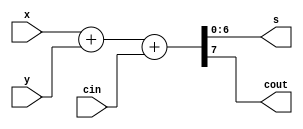
`timescale 1ns / 1ps
//////////////////////////////////////////////////////////////////////////////////
// Company: 
// Engineer: 
// 
// Design Name: 
// Module Name:    FA 
// Project Name: 
// Target Devices: 
// Tool versions: 
// Description: 
//
// Dependencies: 
//
// Revision: 
// Revision 0.01 - File Created
// Additional Comments: 
//
//////////////////////////////////////////////////////////////////////////////////
module FA(
            input [3:0]x,
				input [6:0]y,
				input cin,
				output reg [6:0]s,
				output reg cout
    );
	 
	 always @(x, y,  cin)begin
	                       {cout, s}= x+y+cin;
	                     end


endmodule